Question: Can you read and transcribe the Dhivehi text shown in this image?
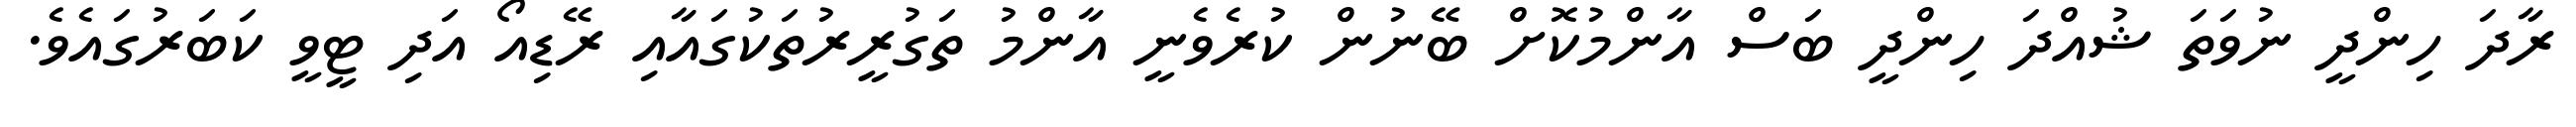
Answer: ރާދަ ހިންދީ ނުވަތަ ޝުއްދަ ހިންދީ ބަސް އާންމުކޮށް ބޭނުން ކުރެވެނީ އާންމު ތަގުރީރުތަކުގައާއި ރޭޑިއޯ އަދި ޓީވީ ކަބަރުގައެވެ.